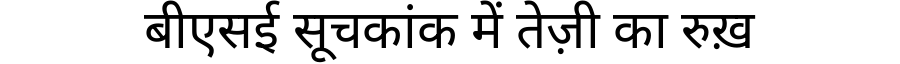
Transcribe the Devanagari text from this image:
बीएसई सूचकांक में तेज़ी का रुख़